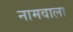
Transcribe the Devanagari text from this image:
नामवाला